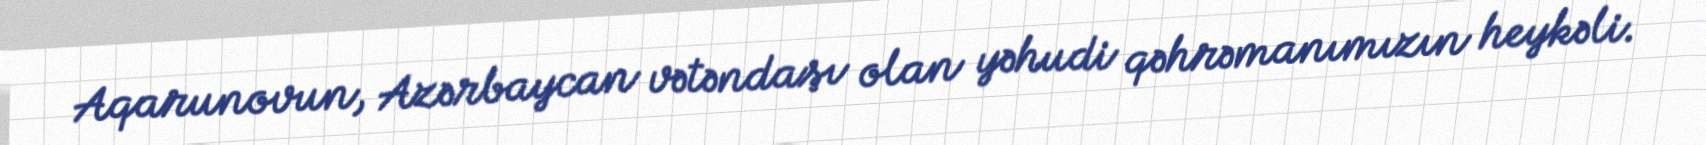
Aqarunovun, Azərbaycan vətəndaşı olan yəhudi qəhrəmanımızın heykəli.